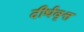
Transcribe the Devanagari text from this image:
दीर्धवृत्त